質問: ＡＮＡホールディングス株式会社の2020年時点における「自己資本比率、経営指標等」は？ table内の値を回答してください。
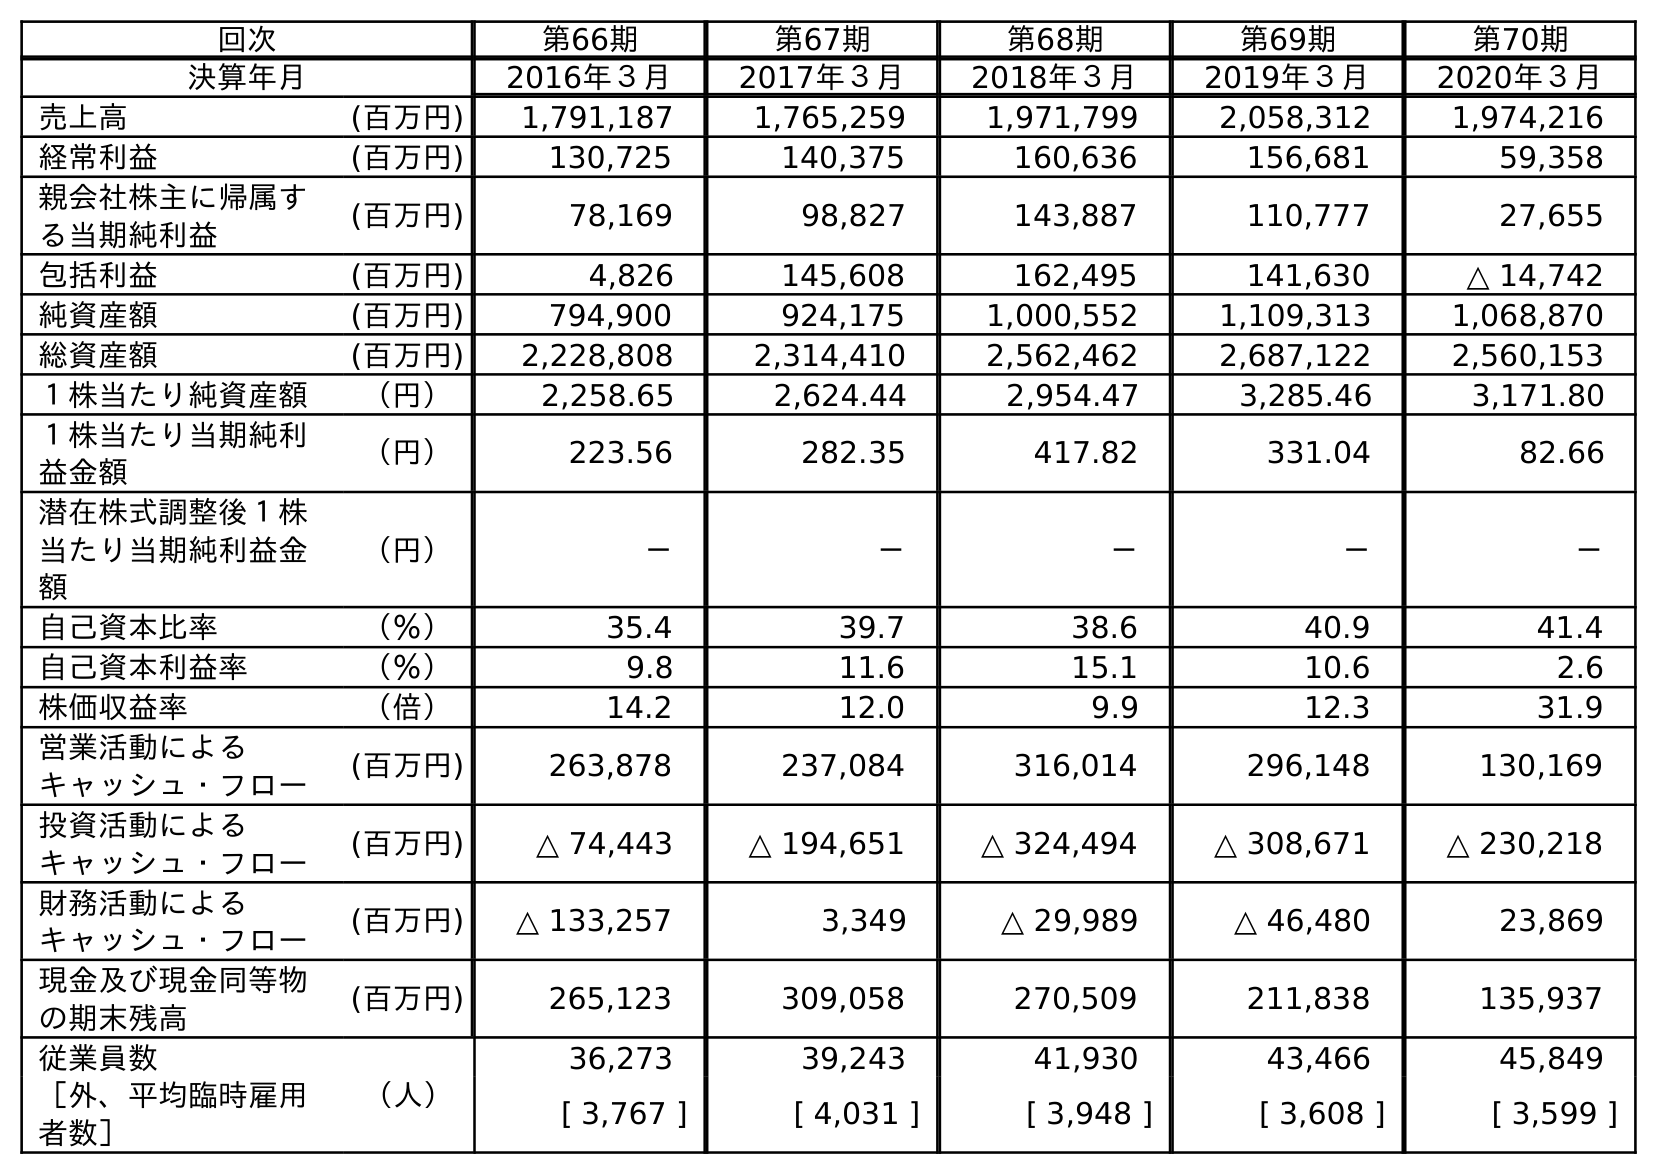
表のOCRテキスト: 回次 第66期 第67期 第68期 第69期 第70期 決算年月 2016年３月 2017年３月 2018年３月 2019年３月 2020年３月 売上高 (百万円) 1,791,187 1,765,259 1,971,799 2,058,312 1,974,216 経常利益 (百万円) 130,725 140,375 160,636 156,681 59,358 親会社株主に帰属す る当期純利益 (百万円) 78,169 98,827 143,887 110,777 27,655 包括利益 (百万円) 4,826 145,608 162,495 141,630 △ 14,742 純資産額 (百万円) 794,900 924,175 1,000,552 1,109,313 1,068,870 総資産額 (百万円) 2,228,808 2,314,410 2,562,462 2,687,122 2,560,153 １株当たり純資産額 （円） 2,258.65 2,624.44 2,954.47 3,285.46 3,171.80 １株当たり当期純利 益金額 （円） 223.56 282.35 417.82 331.04 82.66 潜在株式調整後１株 当たり当期純利益金 額 （円） － － － － － 自己資本比率 （％） 35.4 39.7 38.6 40.9 41.4 自己資本利益率 （％） 9.8 11.6 15.1 10.6 2.6 株価収益率 （倍） 14.2 12.0 9.9 12.3 31.9 営業活動による キャッシュ・フロー (百万円) 263,878 237,084 316,014 296,148 130,169 投資活動による キャッシュ・フロー (百万円) △ 74,443 △ 194,651 △ 324,494 △ 308,671 △ 230,218 財務活動による キャッシュ・フロー (百万円) △ 133,257 3,349 △ 29,989 △ 46,480 23,869 現金及び現金同等物 の期末残高 (百万円) 265,123 309,058 270,509 211,838 135,937 従業員数 （人） 36,273 39,243 41,930 43,466 45,849 ［外、平均臨時雇用 者数］ [ 3,767 ] [ 4,031 ] [ 3,948 ] [ 3,608 ] [ 3,599 ]
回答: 41.4